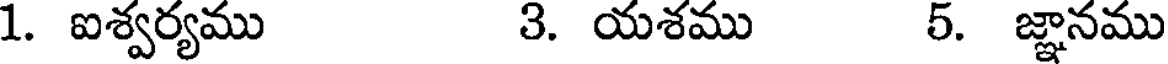
1. ఐశ్వర్యము 3. యశము 5. జ్ఞానము